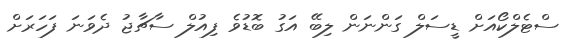
ސްޓެލްކޯއަށް ޑީސަލް ގަންނަން ލިބޭ އަގު ބޮޑުވެ ފިއުލް ސާޗާޖު ދެވަނަ ފަހަރަށް